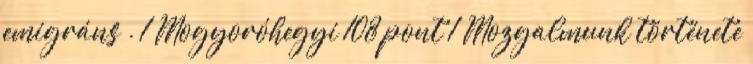
emigráns . 1 Mogyoróhegyi 108 pont 1 Mozgalmunk története